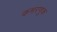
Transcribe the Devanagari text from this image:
कमरणूक